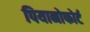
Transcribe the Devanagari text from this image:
पियानोफोर्ट